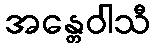
အန္တေဝါသီ